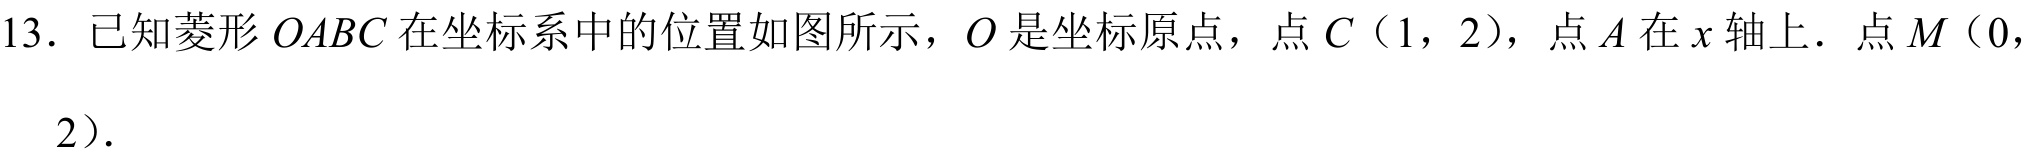
13．已知菱形\(OABC\)在坐标系中的位置如图所示，\(O\)是坐标原点，点\(C\)（1，2），点\(A\)在\(x\)轴上．点\(M\)（0，
2）．